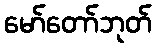
မော်တော်ဘုတ်